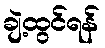
ချဲ့ထွင်ရန်